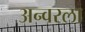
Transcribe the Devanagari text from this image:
अन्वरला